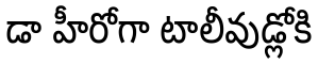
డా హీరోగా టాలీవుడ్లోకి